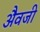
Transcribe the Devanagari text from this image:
अैवजी